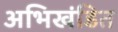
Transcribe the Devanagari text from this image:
अभिखंडित